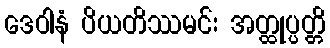
ဒေဝါနံ ပိယတိဿမင်း အတ္ထုပ္ပတ္တိ